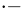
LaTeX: ^{\cdot-}